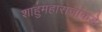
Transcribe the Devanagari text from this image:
शाहुमहाराजांकडे